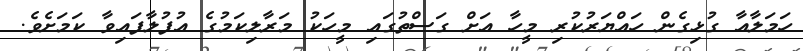
ހަމަލާއާ ގުޅިގެން ހައްޔަރުކުރި މީހާ އަށް ގަސްތުގައި މީހަކު މަރާލިކަމުގެ އުފުލާފައިވާ ކަމަށެވެ.